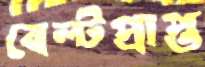
বেল্টপ্রাপ্ত